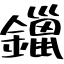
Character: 鑞